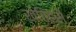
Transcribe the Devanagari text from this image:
खेतिहरों